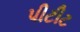
પીટીટ